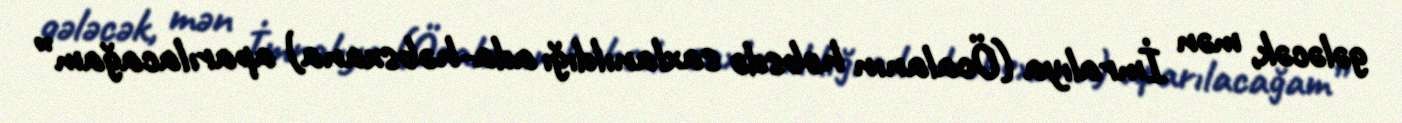
gələcək, mən İmralıya (Öcalanın həbsdə saxlanıldığı ada-həbsxana) aparılacağam”